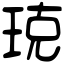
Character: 𤥣